Annual statistical returns and brief notes on vaccination in Bengal - 1896-1909
Year: 1896
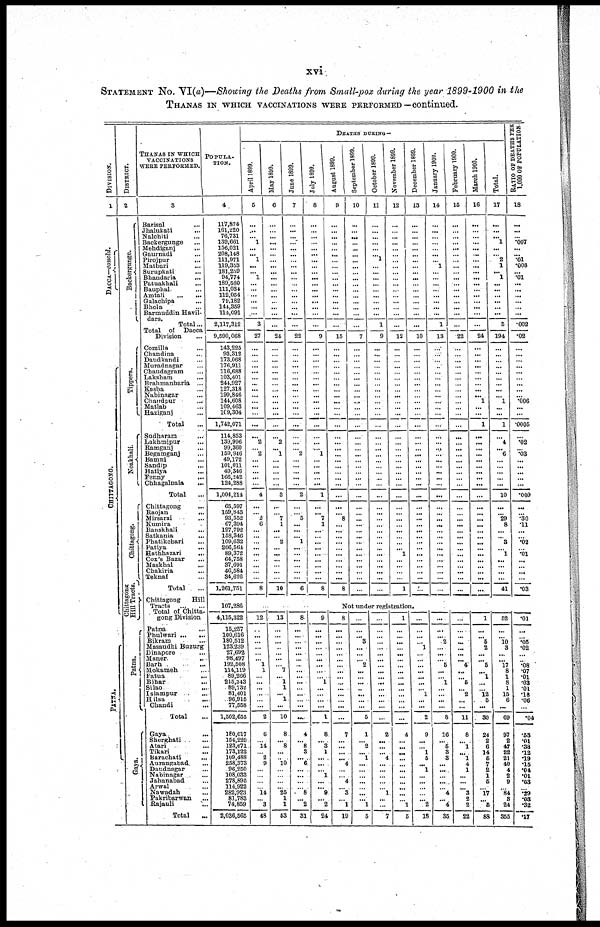
xvi
STATEMENT No. VI(a)—Showing the Deaths from Small-pox during the year 1899-1900 in the
THANAS IN WHICH VACCINATIONS WERE PERFORMED —continued.
DIVISION.
1
DACCA—concld.
CHITTAGONG.
PATNA.
DISTRICT.
2
Backergunge.
Tippera.
Noakhali.
Chittagong.
Chittagong
Hill Tracts.
Patna.
Gaya.
THANAS IN WHICH
VACCINATIONS
WERE PERFORMED.
3
Barisal ...
Jhalukati ...
Nalchiti ...
Backergunge ...
Mehdiganj ...
Gaurnadi ...
Pirojpur ...
Matbari ...
Surupkati ...
Bhandaria ...
Patuakhali ...
Bauphal ...
Amtali
...
...
Galachipa ...
Bhola ...
Barmuddin Havil¬
dars.
Total...
Total of Dacca
Division ...
Comilla ...
Chandina ...
Daudkandi ...
Muradnagar ...
Chaudagram ...
Laksham ...
Brahmanbaria ...
Kosba ...
Nabinagar ...
Chandpur ...
Matlab ...
Haziganj ...
Total ...
Sudharam ...
Lakhmipur ...
Ramganj ...
Begamganj ...
Bamni ...
Sandip
...
Hatiya ...
Fenny
...
Chhagalnaia
...
Total ...
Chittagong ...
Raojan
...
Mirsarai ...
Kumira ...
Banskhali ...
Satkania ...
Phatikchari ...
Patiya ...
Hathhazari
...
Cox's Bazar
Maskhal ...
Chakiria
...
Teknaf ...
Total ...
Chittagong
Hill
Tracts
... ...
Total of Chitta-
gong Division
Patna ...
Phulwari ... ...
Bikram ...
Masaudhi Buzurg
Dinapore ...
Maner
...
Barh ...
Mokameh ...
Fatua
...
Bihar ...
Silao ...
Islampur ...
Hilsa
...
Chandi ...
Total ...
Gaya.
Sherghati ...
Atari ...
Tikari ...
Barachati
...
Aurangabad ...
Daudnagar ...
Nabinagar ...
Jahanabad ...
Arwa1 ...
Nawadah ...
Pakribarwan ...
Rajauli ...
Total ...
POPULA-
----.
4
117,874
161,220
76,731
139,661
156,021
208,148
111,971
119,353
181,259
94,774
189,580
111,034
112,054
79,182
144,359
114,091
2,117,312
9,590,068
143,225
93,312
173,068
176,911
116,688
103,401
244,927
127,318
199,846
144,608
109,463
109,304
1,742,071
114,853
139,996
99,360
159,946
49,172
101,011
49,346
166,242
124,288
1,004,214
65,597
159,843
93,552
67,394
127,792
158,346
109,632
206,564
89,372
64,758
37,691
46,584
34,626
1,261,751
107,286
4,115,322
15,257
100,616
180,512
123,239
27,692
98,497
192,508
114,119
89,266
215,343
89,732
81,401
96,915
77,558
1,502,655
180,017
154,229
123,671
173,122
109,488
258,373
96,250
108,033
278,896
114,922
282,923
81,783
74,859
2,036,565
DEATHS DURING—
April 1899.
5
...
...
...
1
...
... 1
...
... 1
...
...
...
...
...
...
3
27
...
...
...
...
... ...
...
...
...
...
...
...
...
...
2
...
2
...
...
...
...
...
4
...
...
2
6
...
...
...
...
...
...
...
...
...
8
May 1899.
6
...
...
...
...
...
...
...
...
...
...
...
...
...
...
...
...
...
24
...
...
...
...
...
...
...
...
...
... ...
...
...
...
2
...
1
...
...
...
...
...
3
...
...
7
1
...
...
2
...
...
...
...
...
...
10
June 1899.
7
...
...
...
...
...
...
...
...
...
...
...
...
...
...
...
...
...
22
...
...
...
...
...
...
...
...
...
...
...
...
...
...
...
...
2
...
...
...
...
...
2
...
...
5
...
...
...
1
...
...
...
...
... ...
6
July 1899.
8
...
...
...
...
...
...
...
...
...
...
...
...
...
...
...
...
...
9
...
...
...
...
... ...
...
...
...
...
...
...
...
...
...
... 1
...
...
...
...
...
1
...
... 7
1
...
...
...
...
...
...
...
...
...
8
August 1899.
9
...
...
...
...
...
...
...
...
...
...
...
...
...
...
...
...
...
15
...
...
...
...
...
...
...
...
...
...
...
...
...
...
...
...
...
...
...
...
...
...
...
...
... 8
...
...
...
...
...
...
...
...
...
...
8
September 1899.
10
...
...
...
... ...
...
...
...
...
...
... ...
... ...
...
...
...
7
...
...
...
...
...
...
...
...
...
...
...
...
...
...
...
...
...
...
...
...
...
...
...
...
...
...
...
...
...
...
...
...
...
...
...
...
...
October 1899.
11
...
...
...
...
...
...
1
...
...
...
...
...
...
...
...
...
1
9
...
...
...
...
...
...
...
...
...
...
...
...
...
...
...
...
...
...
...
...
...
...
...
...
...
...
...
...
...
...
...
...
...
...
...
...
...
November 1899.
12
...
...
...
...
...
...
... ...
...
...
...
...
...
...
...
...
...
12
...
...
...
...
...
...
...
...
...
...
...
...
...
...
...
...
...
...
...
...
...
...
...
...
...
...
...
...
...
...
...
1
...
...
...
...
1
December 1899.
13
...
...
...
...
...
...
...
...
...
...
...
...
...
...
...
...
...
10
...
...
...
...
...
...
...
...
...
...
...
...
...
...
...
...
...
...
...
...
...
...
...
...
...
...
...
...
...
...
...
...
...
...
...
...
...
January 1900.
14
...
...
...
...
...
...
...
1
...
...
...
... ...
... ...
...
1
13
...
...
...
...
...
...
...
...
... ...
...
...
...
...
...
...
...
...
...
...
...
...
...
...
...
...
...
...
...
...
...
...
...
...
...
...
...
February 1900.
15
...
...
...
...
...
...
...
...
... ...
...
...
...
...
...
...
...
22
...
...
...
...
...
...
...
...
...
...
...
...
...
...
...
...
...
...
...
...
...
...
...
...
...
...
...
...
...
...
...
...
...
...
...
...
...
March 1900.
16
...
...
...
...
...
...
...
...
...
...
...
...
...
...
...
...
...
24
...
...
...
...
...
...
...
...
...
1
...
...
1
...
...
...
...
...
...
...
...
...
...
...
...
...
...
...
...
...
...
...
...
...
...
...
...
Total.
17
...
...
...
1
...
... 2
1
... 1
...
...
...
... ...
...
5
194
...
...
...
...
...
...
...
...
... 1
...
...
1
...
4
...
6
...
...
...
...
...
10
...
...
29
8
...
...
3
...
1
...
...
...
...
41
RATIO OF DEATHS PER
1,000 OF POPULATION.
18
...
...
...
.007
...
...
.01
.008
...
.01
...
...
...
... ...
...
.002
.02
...
...
...
...
...
...
...
...
... .006
...
...
.0005
...
.02
...
.03
...
...
...
...
...
.009
...
...
.30
.11
...
...
.02
...
.01
...
...
...
...
.03
Not under registration.
12
...
...
...
...
...
...
1
1
... ...
...
...
...
...
2
6
...
14
...
2
9
...
...
...
...
14
...
3
48
13
...
...
...
...
...
...
...
7
... 1
1
... 1
...
10
8
...
8
...
...
10
...
...
...
...
25
1
1
53
8
...
...
...
...
...
...
...
...
...
...
...
...
...
...
...
4
... 8
3
...
6
...
...
...
... 8
...
2
31
9
...
...
...
...
...
...
...
...
...
1
...
...
...
...
1
8
... 8
1
...
...
... 1
...
... 9
...
2
24
8
...
...
...
...
...
... ...
...
...
...
...
...
...
...
...
7
...
...
...
...
4
...
...
4
...
3
...
1
19
...
...
...
3
...
...
...
2
...
...
... ...
...
...
...
5
1
... 2
...
1
...
...
...
...
...
... ...
1
5
...
...
...
...
...
...
...
...
...
...
...
...
...
...
...
...
2
...
...
... 4
...
...
...
...
...
1
...
...
7
1
...
...
...
...
...
...
...
...
...
...
...
...
...
...
...
4
...
...
...
...
...
...
...
...
...
...
...
1
5
...
...
...
...
1
...
...
...
...
...
...
...
1
...
...
2
9
...
...
1
5
...
1
...
...
...
...
...
2
18
...
...
...
2
...
...
...
5
...
...
1
...
...
...
...
8
16
... 5
3
3
...
...
...
...
...
4
...
4
35
...
...
...
...
...
...
...
4
...
...
5
...
2
...
...
11
8
...
1
...
1
4
1
...
...
...
3
2
2
22
1
...
... 5
2
...
...
5
...
1
...
...
12
5
...
30
24
2
6
14
6
7
2
1
5
...
17
...
5
88
52
...
... 10
3
...
...
17
8
1
8
1
15
6
...
69
97
2
47
22
21
40
4
2
9
...
84
3
24
355
.01
...
... .05
.02
...
... .08
.07
.01
.03
.01
.18
.06
...
.04
.53
.01
.38
.12
.19
.15
.04
.01
.03
...
.29
.03 .32
.17